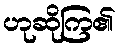
ဟုဆိုကြ၏